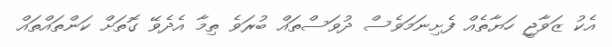
އެކު ޒަވާޖީ ހަޔާތެއް ފެށިނަމަވެސް ދުވަސްތައް ބުރަވެ ތިމާ އެދެވޭ ގޮތަށް ކަންތައްތައް